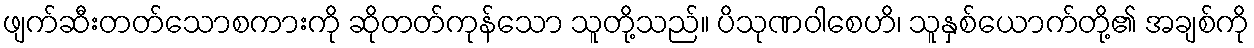
ဖျက်ဆီးတတ်သောစကားကို ဆိုတတ်ကုန်သော သူတို့သည်။ ပိသုဏဝါစေဟိ၊ သူနှစ်ယောက်တို့၏ အချစ်ကို